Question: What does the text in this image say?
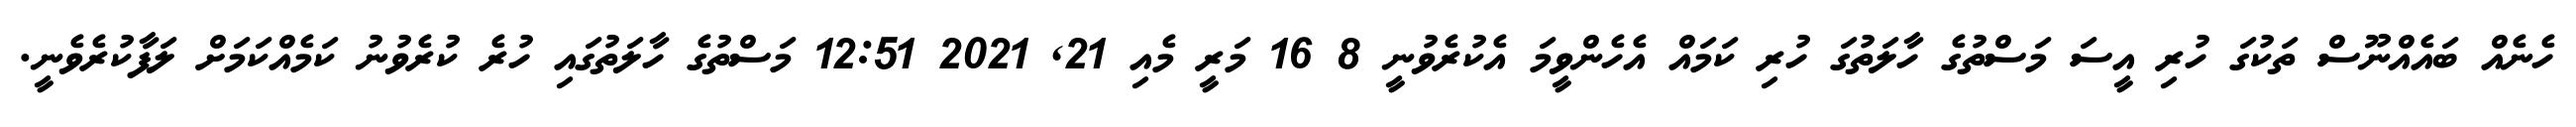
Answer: ހެނެއް ބައެއްނޫސް ތަކުގަ ހުރި އީސަ މަސްތުގެ ހާލަތުގަ ހުރި ކަމައް އެހެންވީމަ އެކުރެވުނީ 8 16 މަރީ މެއި 21, 2021 12:51 މަސްތުގެ ހާލަތުގައި ހުރެ ކުރެވުނު ކަމެއްކަމަށް ލަފާކުރެވެނީ.